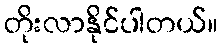
တိုးလာနိုင်ပါတယ်။